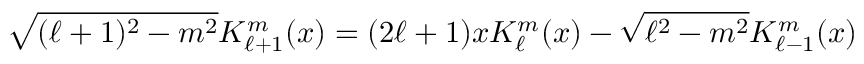
\sqrt { ( \ell + 1 ) ^ { 2 } - m ^ { 2 } } K _ { \ell + 1 } ^ { m } ( x ) = ( 2 \ell + 1 ) x K _ { \ell } ^ { m } ( x ) - \sqrt { \ell ^ { 2 } - m ^ { 2 } } K _ { \ell - 1 } ^ { m } ( x )